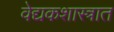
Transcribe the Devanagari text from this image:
वेद्यकशास्त्रात